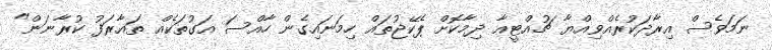
ނަމަވެސް އިރާދަކުރެއްވިއްޔާ ޗުއްޓީއާ ދިމާކޮށް ޕެކޭޖުތައް ހިމަނައިގެން ހާއްސަ އަގުތަކެއް ތައާރަފު ކުރާނަން"